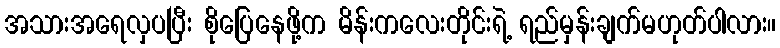
အသားအရေလှပပြီး စိုပြေနေဖို့က မိန်းကလေးတိုင်းရဲ့ ရည်မှန်းချက်မဟုတ်ပါလား။